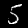
Digit: 5